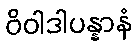
ဝိဝါဒါပန္နာနံ